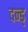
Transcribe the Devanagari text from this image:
दन्ड्